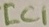
Text: IC1